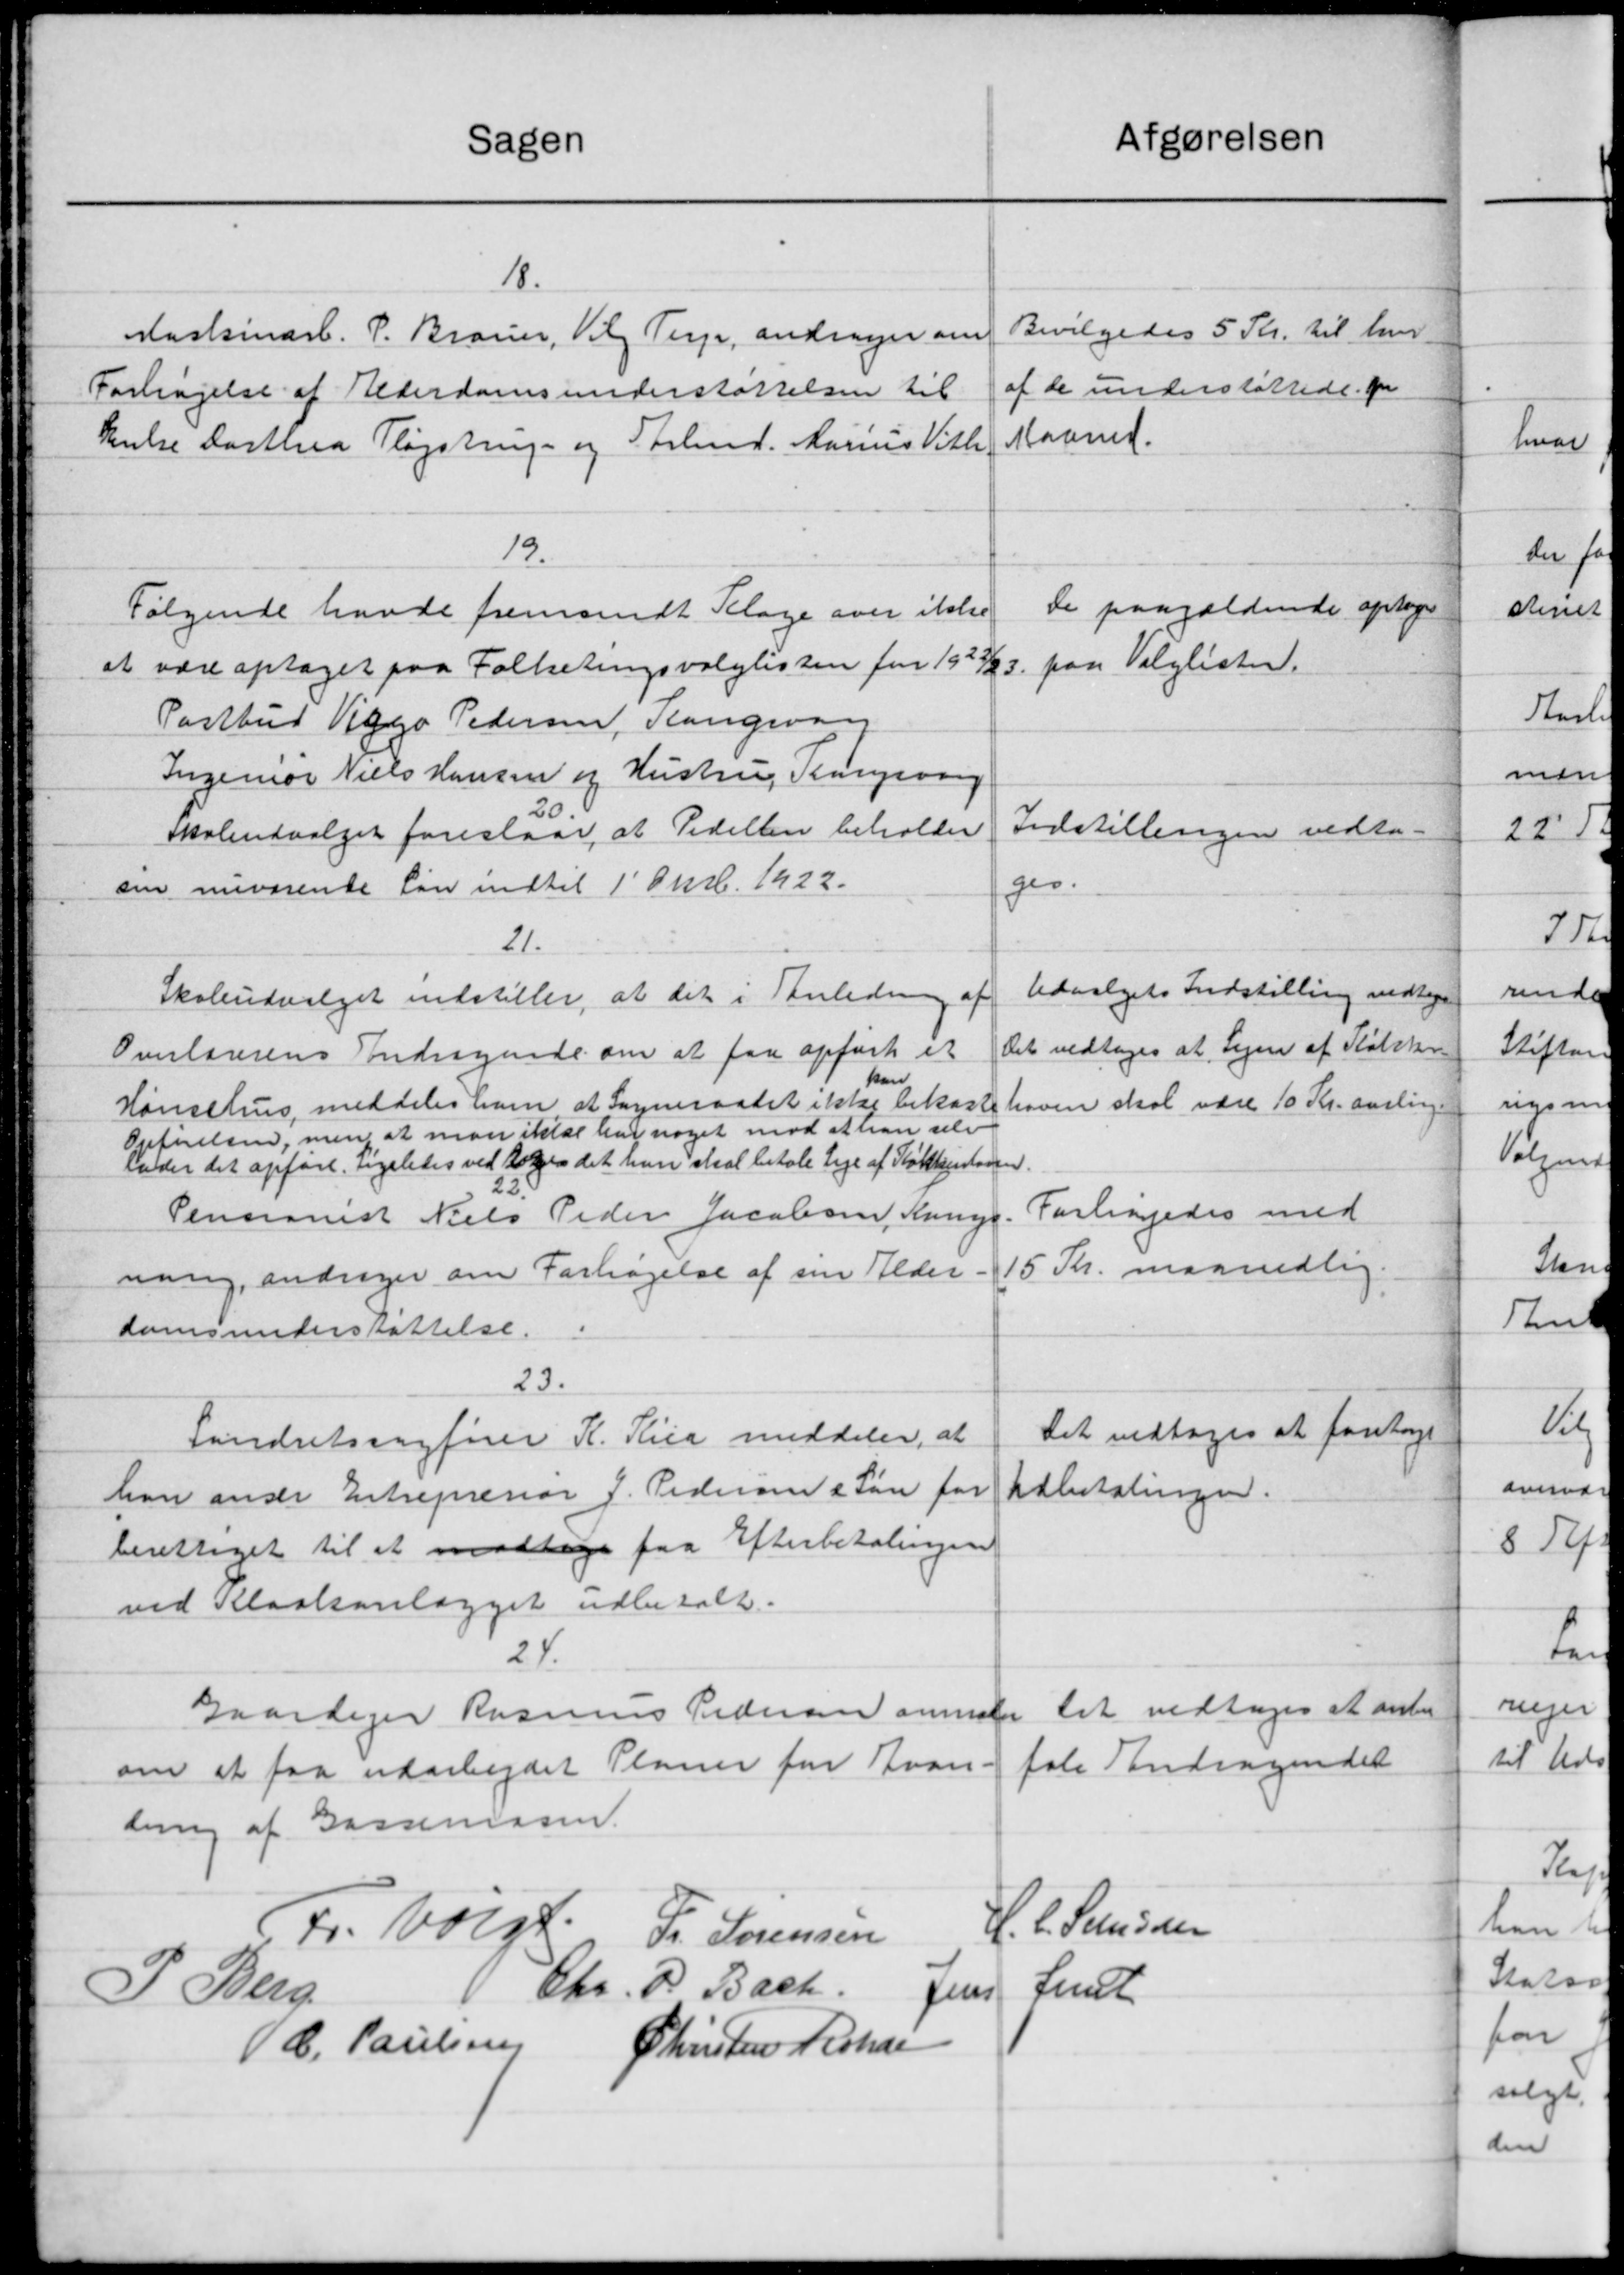
Transskription:
Atgørelsen
Sagen
18.
Bevilgedes 5 Kr. til hver-
Maskinarb. P. Brauer, Vil Terp, andrager om
af de understøttede for
Forhøjelse af Alderdomsunderstøttelsen til
Maaned.
Enke Dorthea Plejstrup og Forbmd. Marius Vilh.
19.
De paagældende optoges
Følgende havde fremsendt Klage over ikke
paa Valglister.
at være optaget paa Folketingsvalglisten for 1922/23.
Postbud Viggo Pedersen, Slangsg
Ingeniør Niels Hansen og Hustru, Trangsang
Indstillingen vedto-
skoleudvalget foreslaar, at Pedellen beholder
sin nuværente Løn indtil 1' Oktb. 1922.
ges.
21.
Udvalgets Indstilling vedtoges
Skoleudvalget indstiller, at det i Anledning af
Det vedtoges at Legen af Statskor
Overlærerens Andragende om at faa opført et
kan
Hønsehus meddeles ham at Sogneraadet ikke bekaste
haven skal være 10 Kr. aarlige
Opførelsen, men at man ikke har noget mod at han selv
Under det opførte ligeledes ved 20de det hun skal betale Leje af Støttenloven.
22.
Forhøjedes med
Pensionist Niels Peder Jacobsen, Anny
15 Kr. maanedlig.
nang, andrager om Forhøjelse af sin Alder
domsunderstøttelse.
23.
Det vedtoges at foretage
Landretssagfører R. Rica meddeler, at
han ander Entreprenør J. Pedersen & Løn for
Udbetalingen.
berettiget til at modtage faa Efterbetalingen
ved Kloakanlægget udbetalt.
24.
Det vedtoges at anbe
Gaardejer Rasmus Pedersen anmode
fale Andragendet
om at faa udarbejdet Planer for Kvan-
dning af Gassemasen.
H. C. Svendsen
Fr. Valgt
Fr Sørensen
P. Bach
Chr
fest
Jens
P. Berg
Christen Rohden
C. Poulsen